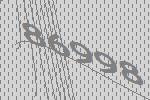
86998